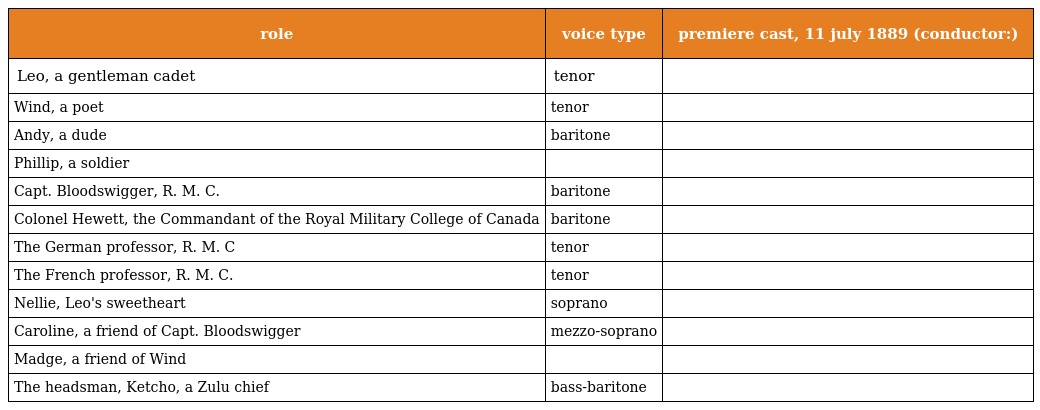
| role | voice type | premiere cast, 11 july 1889 (conductor:) |
 | --- | --- | --- |
 | Leo, a gentleman cadet | tenor |  |
 | Wind, a poet | tenor |  |
 | Andy, a dude | baritone |  |
 | Phillip, a soldier |  |  |
 | Capt. Bloodswigger, R. M. C. | baritone |  |
 | Colonel Hewett, the Commandant of the Royal Military College of Canada | baritone |  |
 | The German professor, R. M. C | tenor |  |
 | The French professor, R. M. C. | tenor |  |
 | Nellie, Leo's sweetheart | soprano |  |
 | Caroline, a friend of Capt. Bloodswigger | mezzo-soprano |  |
 | Madge, a friend of Wind |  |  |
 | The headsman, Ketcho, a Zulu chief | bass-baritone |  |